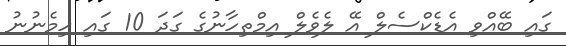
ގައި ބޭއްވި އެޑެކްސެލް އޭ ލެވެލް އިމްތިހާނުގެ ގަދަ 10 ގައި ހިމެނުނު